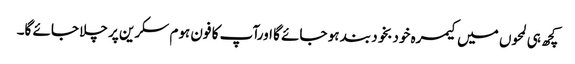
کچھ ہی لمحوں میں کیمرہ خودبخود بند ہو جائے گا اورآپ کا فون ہوم سکرین پر چلا جائے گا۔